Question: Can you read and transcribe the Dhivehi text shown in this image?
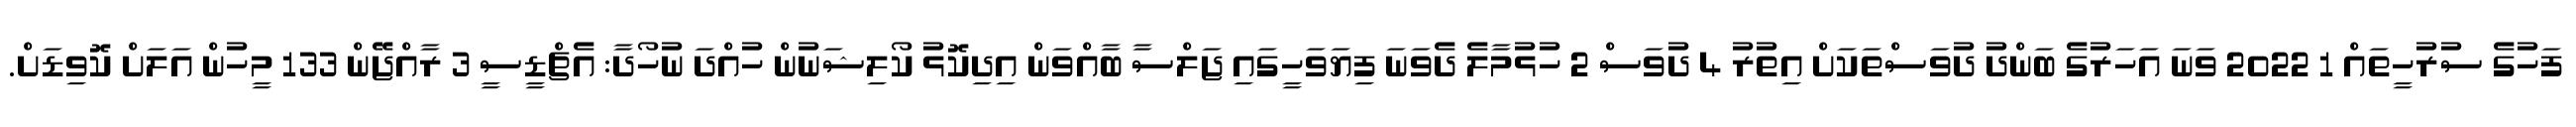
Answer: ފަހުގެ ސުރުހީތައް 1 2022 ވަނަ އަހަރުގެ ބަންދު ދުވަސްތަކަށް އިތުރު 4 ދުވަސް 2 ހުޅުމާލެ ދެވަނަ ފިޔަވަހީގައި ޖަލްސާ ބާއްވަން އިދިކޮޅު ކޯލިޝަނުން ހުއްދަ ނުހޯދާ: އެޗްޑީސީ 3 ރާއްޖޭން 133 މީހުން އަލަށް ކޮވިޑަށް.